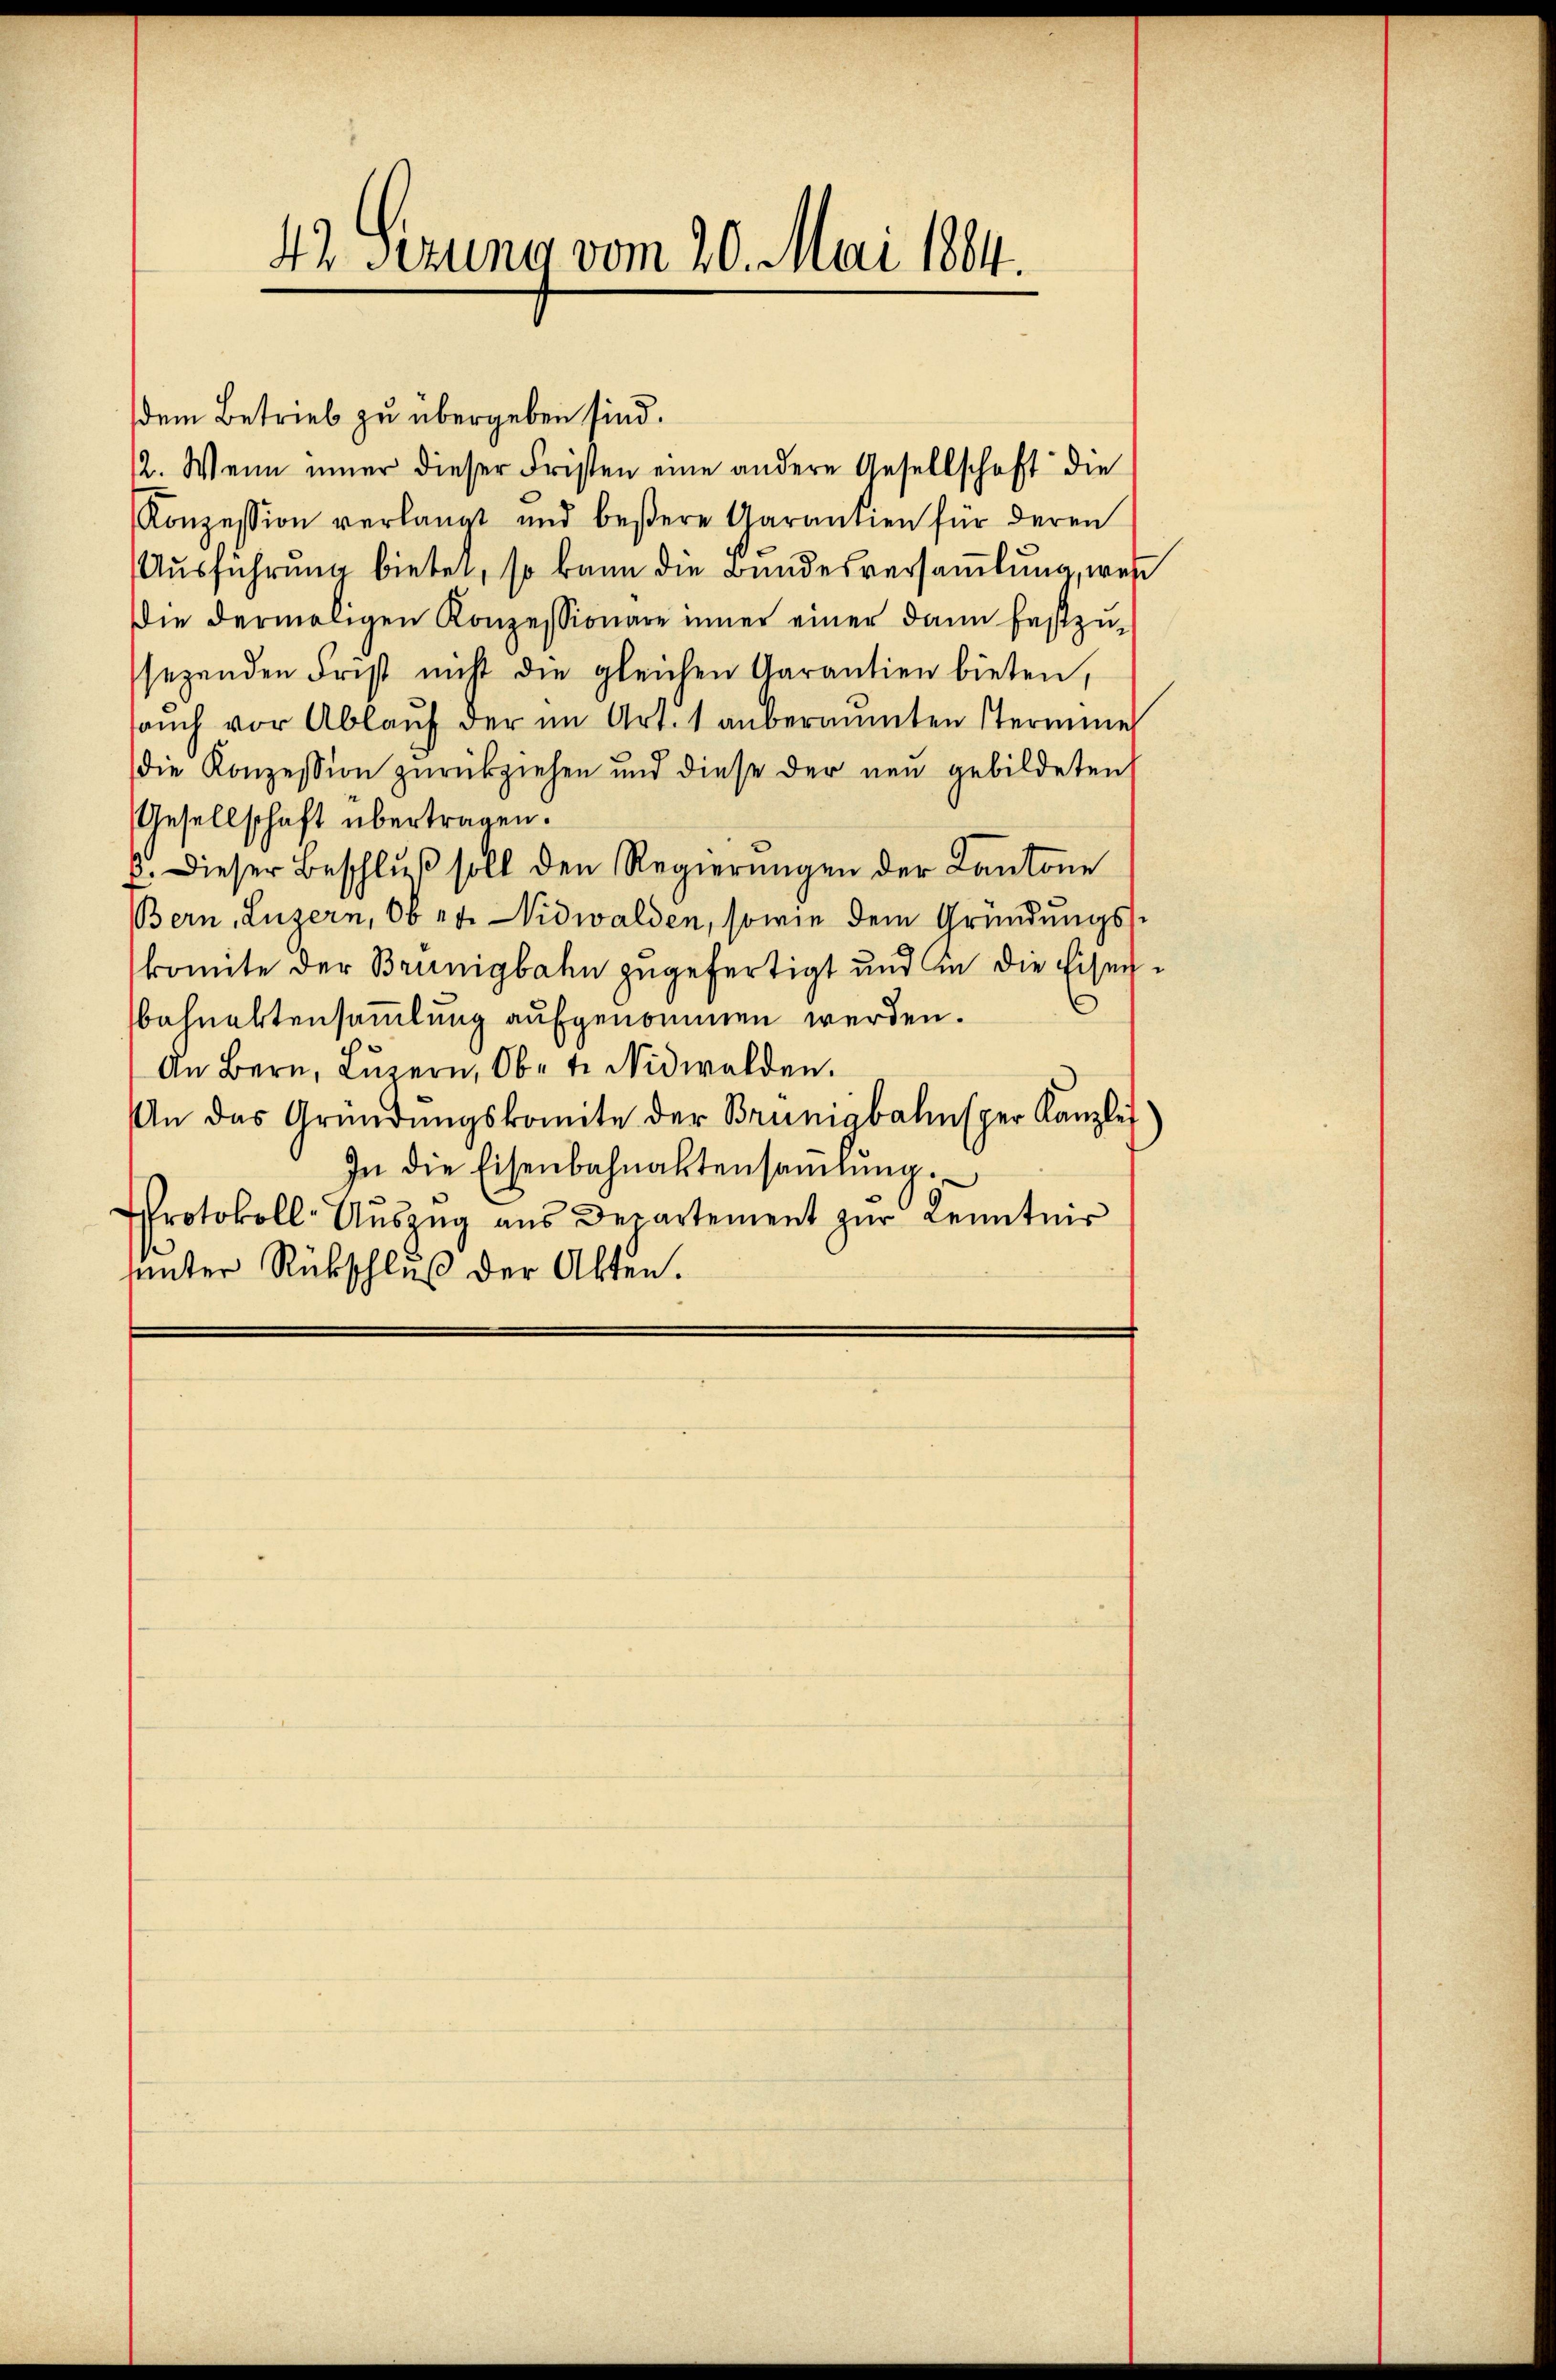
42 Sizung vom 20. Mai 1884.

dem Betrieb zu übergeben sind.
12. Wenn immer dieser Fristen eine andere Gesellschaft die
Konzession verlangt und bessere Garantien für deren
Ausführung bietet, so kann die Bundesversamlung, wes
Die dermaligen Konzessionare inner einer dann festzu-
sezenden Frist nicht die gleichen Garantien bieten,
aŭch vor Ablaŭf der im Art. 1 anberaumten Stermine
die Konzession zŭrückziehen und diese der neu gebildeten
Gesellschaft übertragen.
2. Dieser Beschlŭβ soll den Regierungen der Cantone
Bern, Luzern, Ob et. Nidwalden, sowie dem Gründungskomite der Brünigbahn zugefertigt und in die Eisen¬
.
Bahnertensammlung aufgenommen werden.
An Bern, Luzern, Obet. Nidwalden.
An das Gründŭngskomite der Brünigbahnsper Kanzlei
In die Eisenbahnaktensammlung
Protokoll-Auszug aus Departement zur Kenntnis
uunter Rückschluß der Akten.